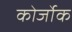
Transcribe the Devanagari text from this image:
कोर्जोक